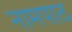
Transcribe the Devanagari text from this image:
नामपाठ